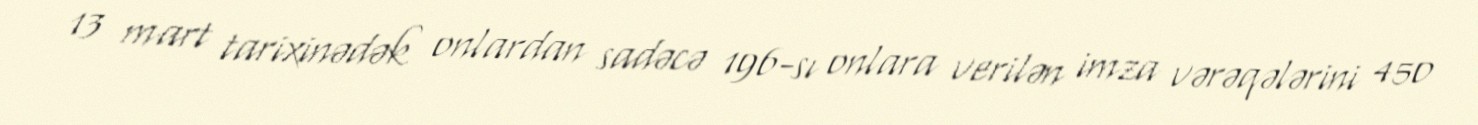
13 mart tarixinədək onlardan sadəcə 196-sı onlara verilən imza vərəqələrini 450